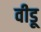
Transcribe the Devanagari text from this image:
वीडू